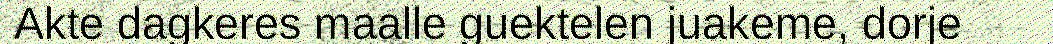
Akte dagkeres maalle guektelen juakeme, dorje